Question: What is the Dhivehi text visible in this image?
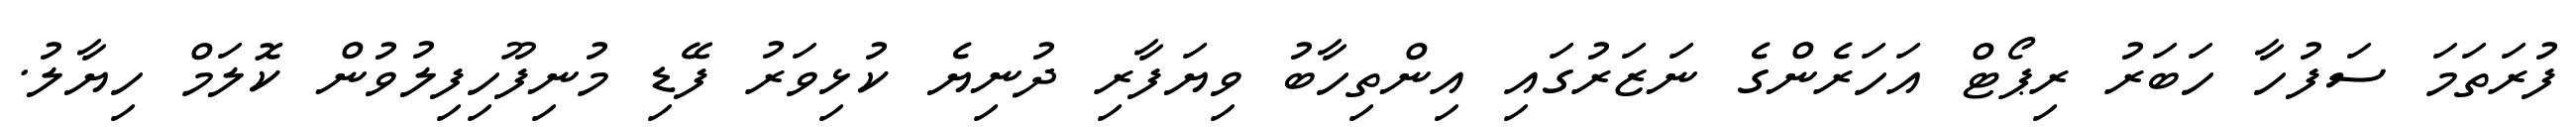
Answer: ފުރަތަމަ ސަފުހާ ހަބަރު ރިޕޯޓް އަހަރެންގެ ނަޒަރުގައި އިންތިހާބު ވިޔަފާރި ދުނިޔެ ކުޅިވަރު ފޭޑި މުނިފޫހިފިލުވުން ކޮލަމް ހިޔާލު.